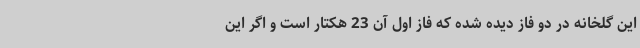
این گلخانه در دو فاز دیده شده که فاز اول آن 23 هکتار است و اگر این